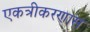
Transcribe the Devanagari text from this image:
एकत्रीकरणास